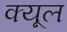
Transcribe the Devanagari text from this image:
क्यूल